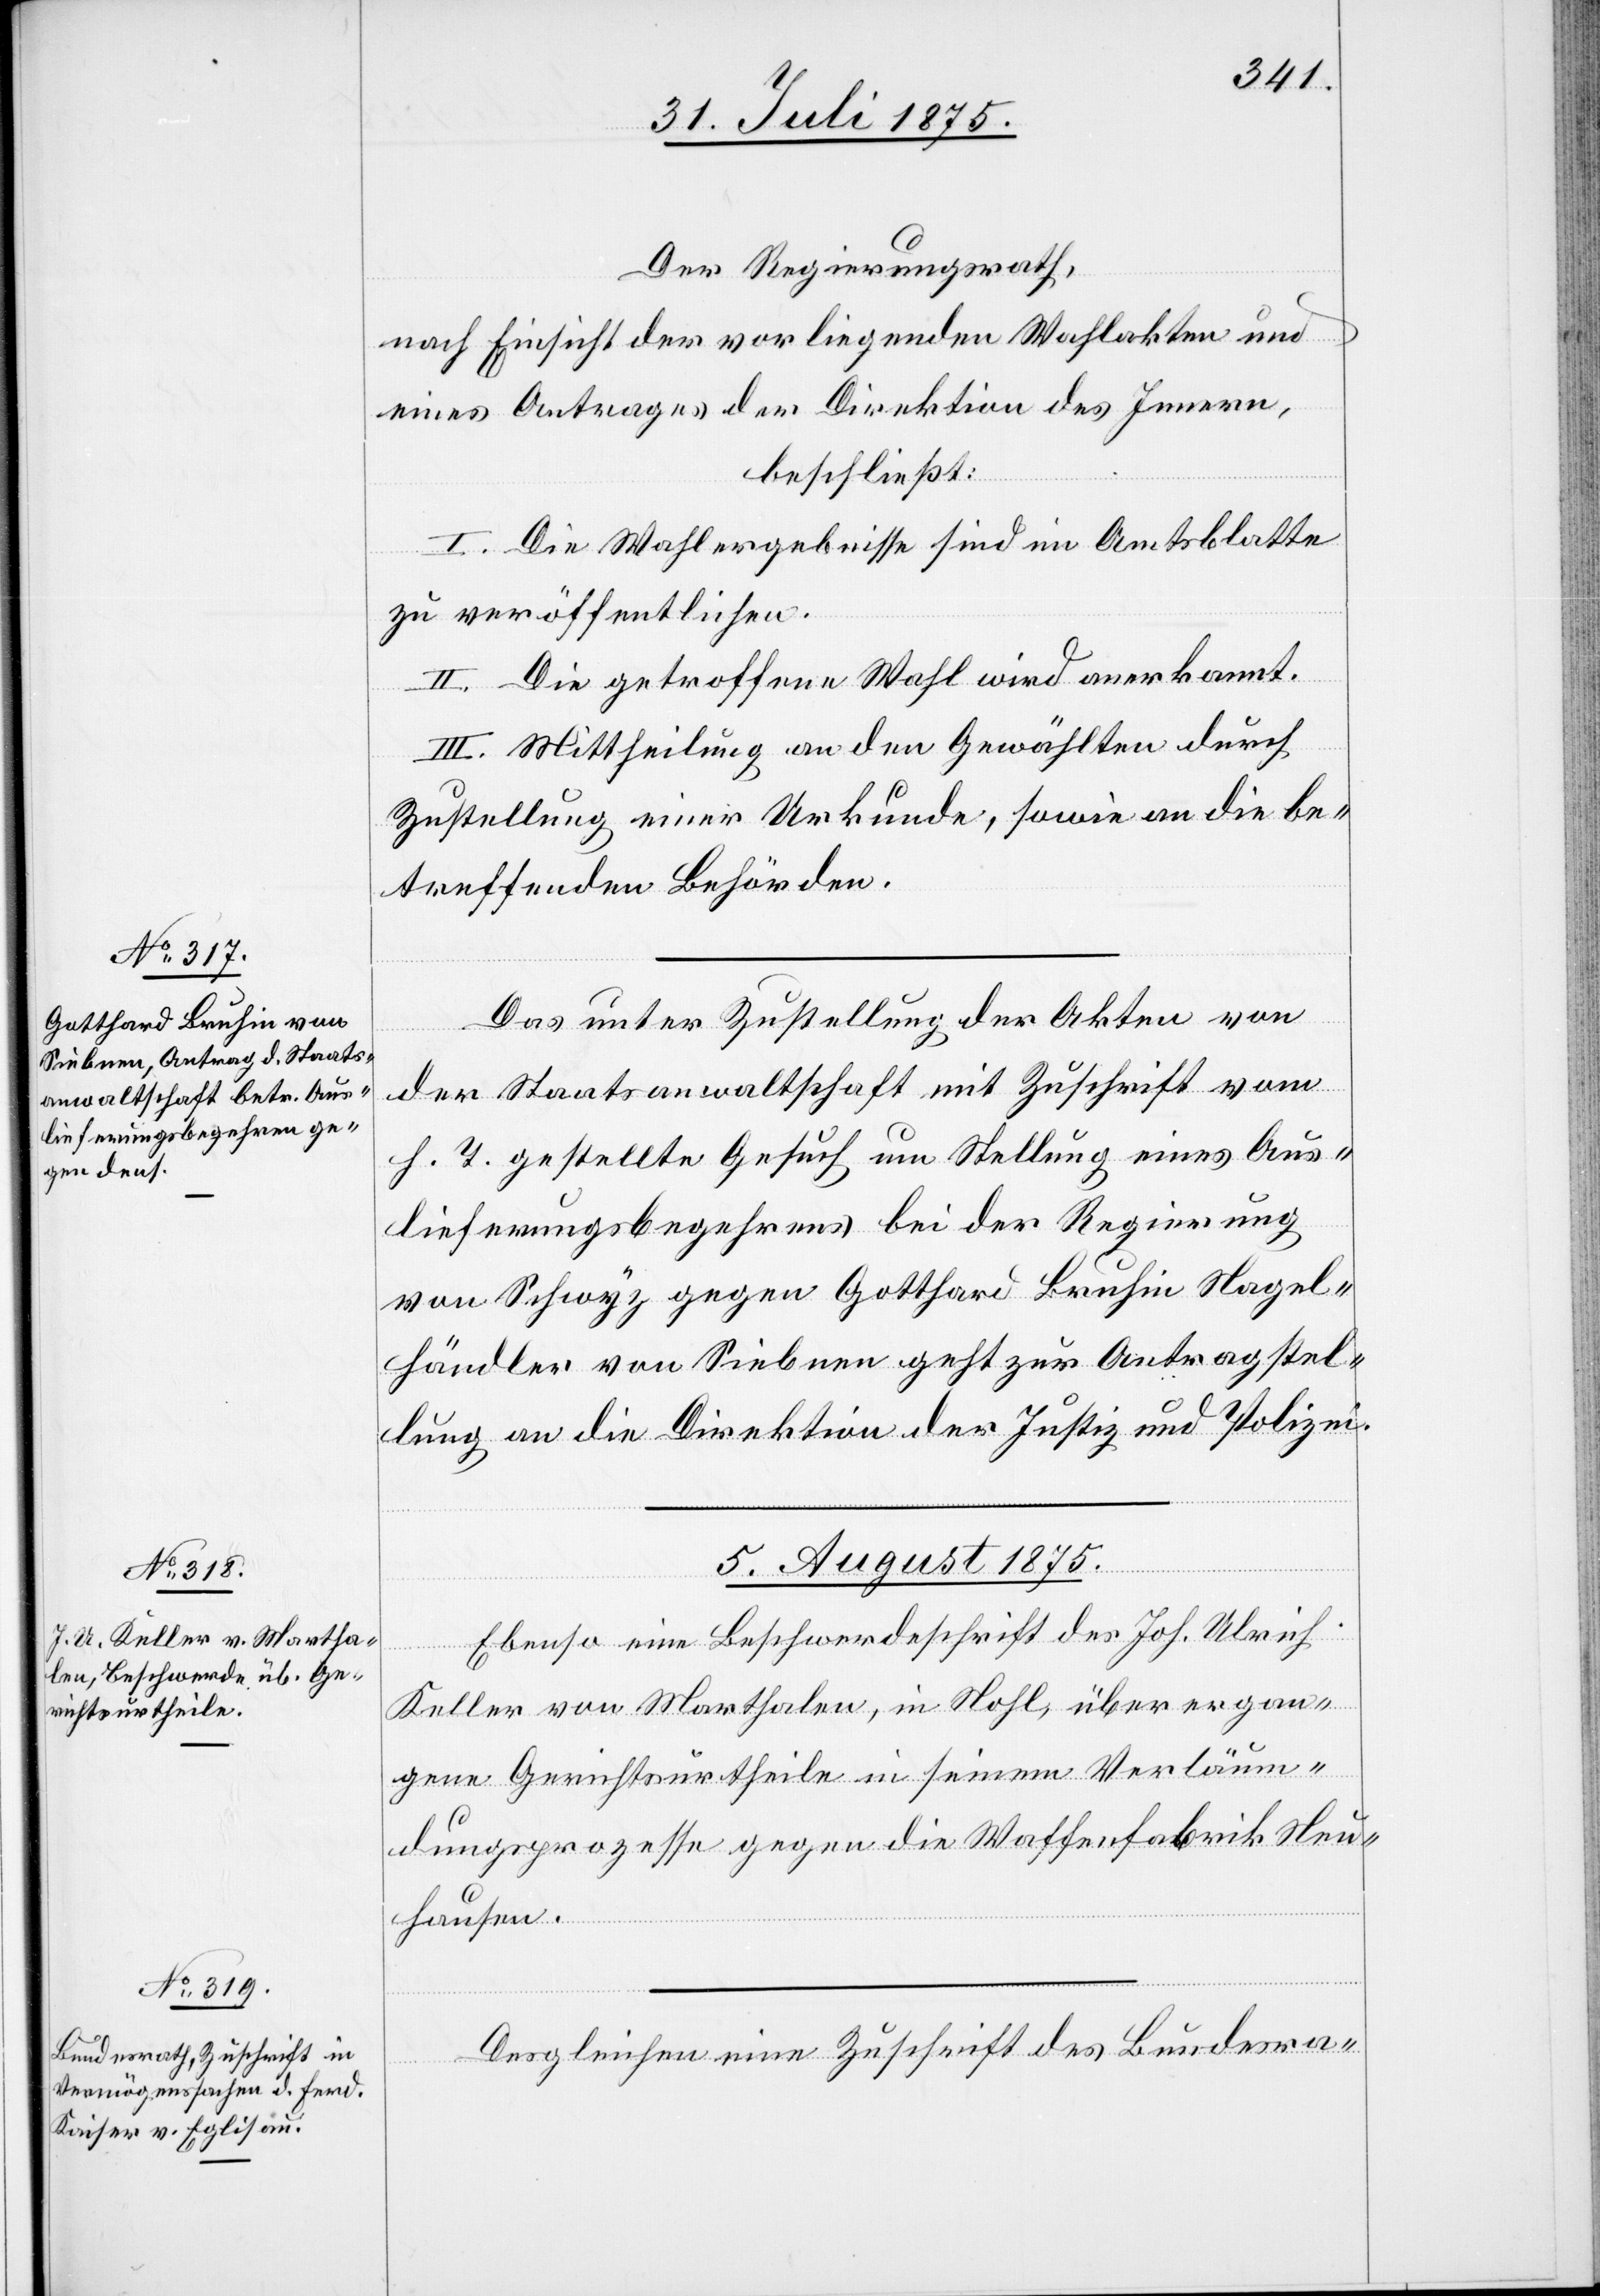
Der Regierungsrath,
nach Einsicht der vorliegenden Wahlakten und
eines Antrages der Direktion des Innern,
beschließt:
I. Die Wahlergebnisse sind im Amtsblatte
zu veröffentlichen.
II. Die getroffene Wahl wird anerkannt.
III. Mittheilung an den Gewählten durch
Zustellung einer Urkunde, sowie an die be¬
treffenden Behörden.
Das unter Zustellung der Akten von
der Staatsanwaltschaft mit Zuschrift vom
h. T. gestellte Gesuch um Stellung eines Aus¬
lieferungsbegehrens bei der Regierung
von Schwyz gegen Gotthard Bruhin Nagel¬
händler von Siebnen geht zur Antragstel¬
lung an die Direktion der Justiz und Polizei.
5. August 1875.]
Ebenso eine Beschwerdeschrift des Joh. Ulrich
Keller von Marthalen, in Nohl, über ergan¬
gene Gerichtsurtheile in seinem Verläum¬
dungsprozesse gegen die Waffenfabrik Neu¬
hausen.
Desgleichen eine Zuschrift des Bundesra-